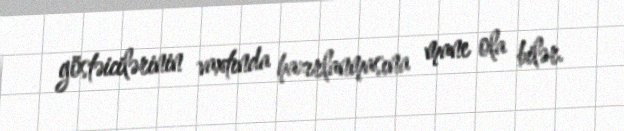
göstəicilərinin vaxtında hazırlanmasına mane ola bilər.